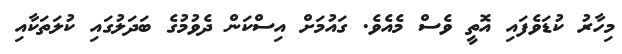
މިހާރު ކުޑަވެފައި އޮތީ ވެސް މެއެވެ. ގައުމަށް އިސްކަން ދެވުމުގެ ބަދަލުގައި ކުލަތަކާއި